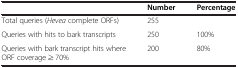
|  | Number | Percentage |
 | --- | --- | --- |
 | Total queries (Hevea complete ORFs) | 255 |  |
 | Queries with hits to bark transcripts | 250 | 100% |
 | Queries with bark transcript hits where ORF coverage ≥ 70% | 200 | 80% |